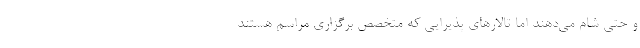
و حتی شام می‌دهند‌ اما تالارهای پذیرایی که متخصص برگزاری مراسم هستند